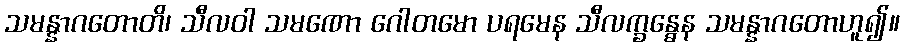
သမန္နာဂတောတိ၊ သီလဝါ သမဏော ဂေါတမော ပရမေန သီလက္ခန္ဓေန သမန္နာဂတောဟူ၍။